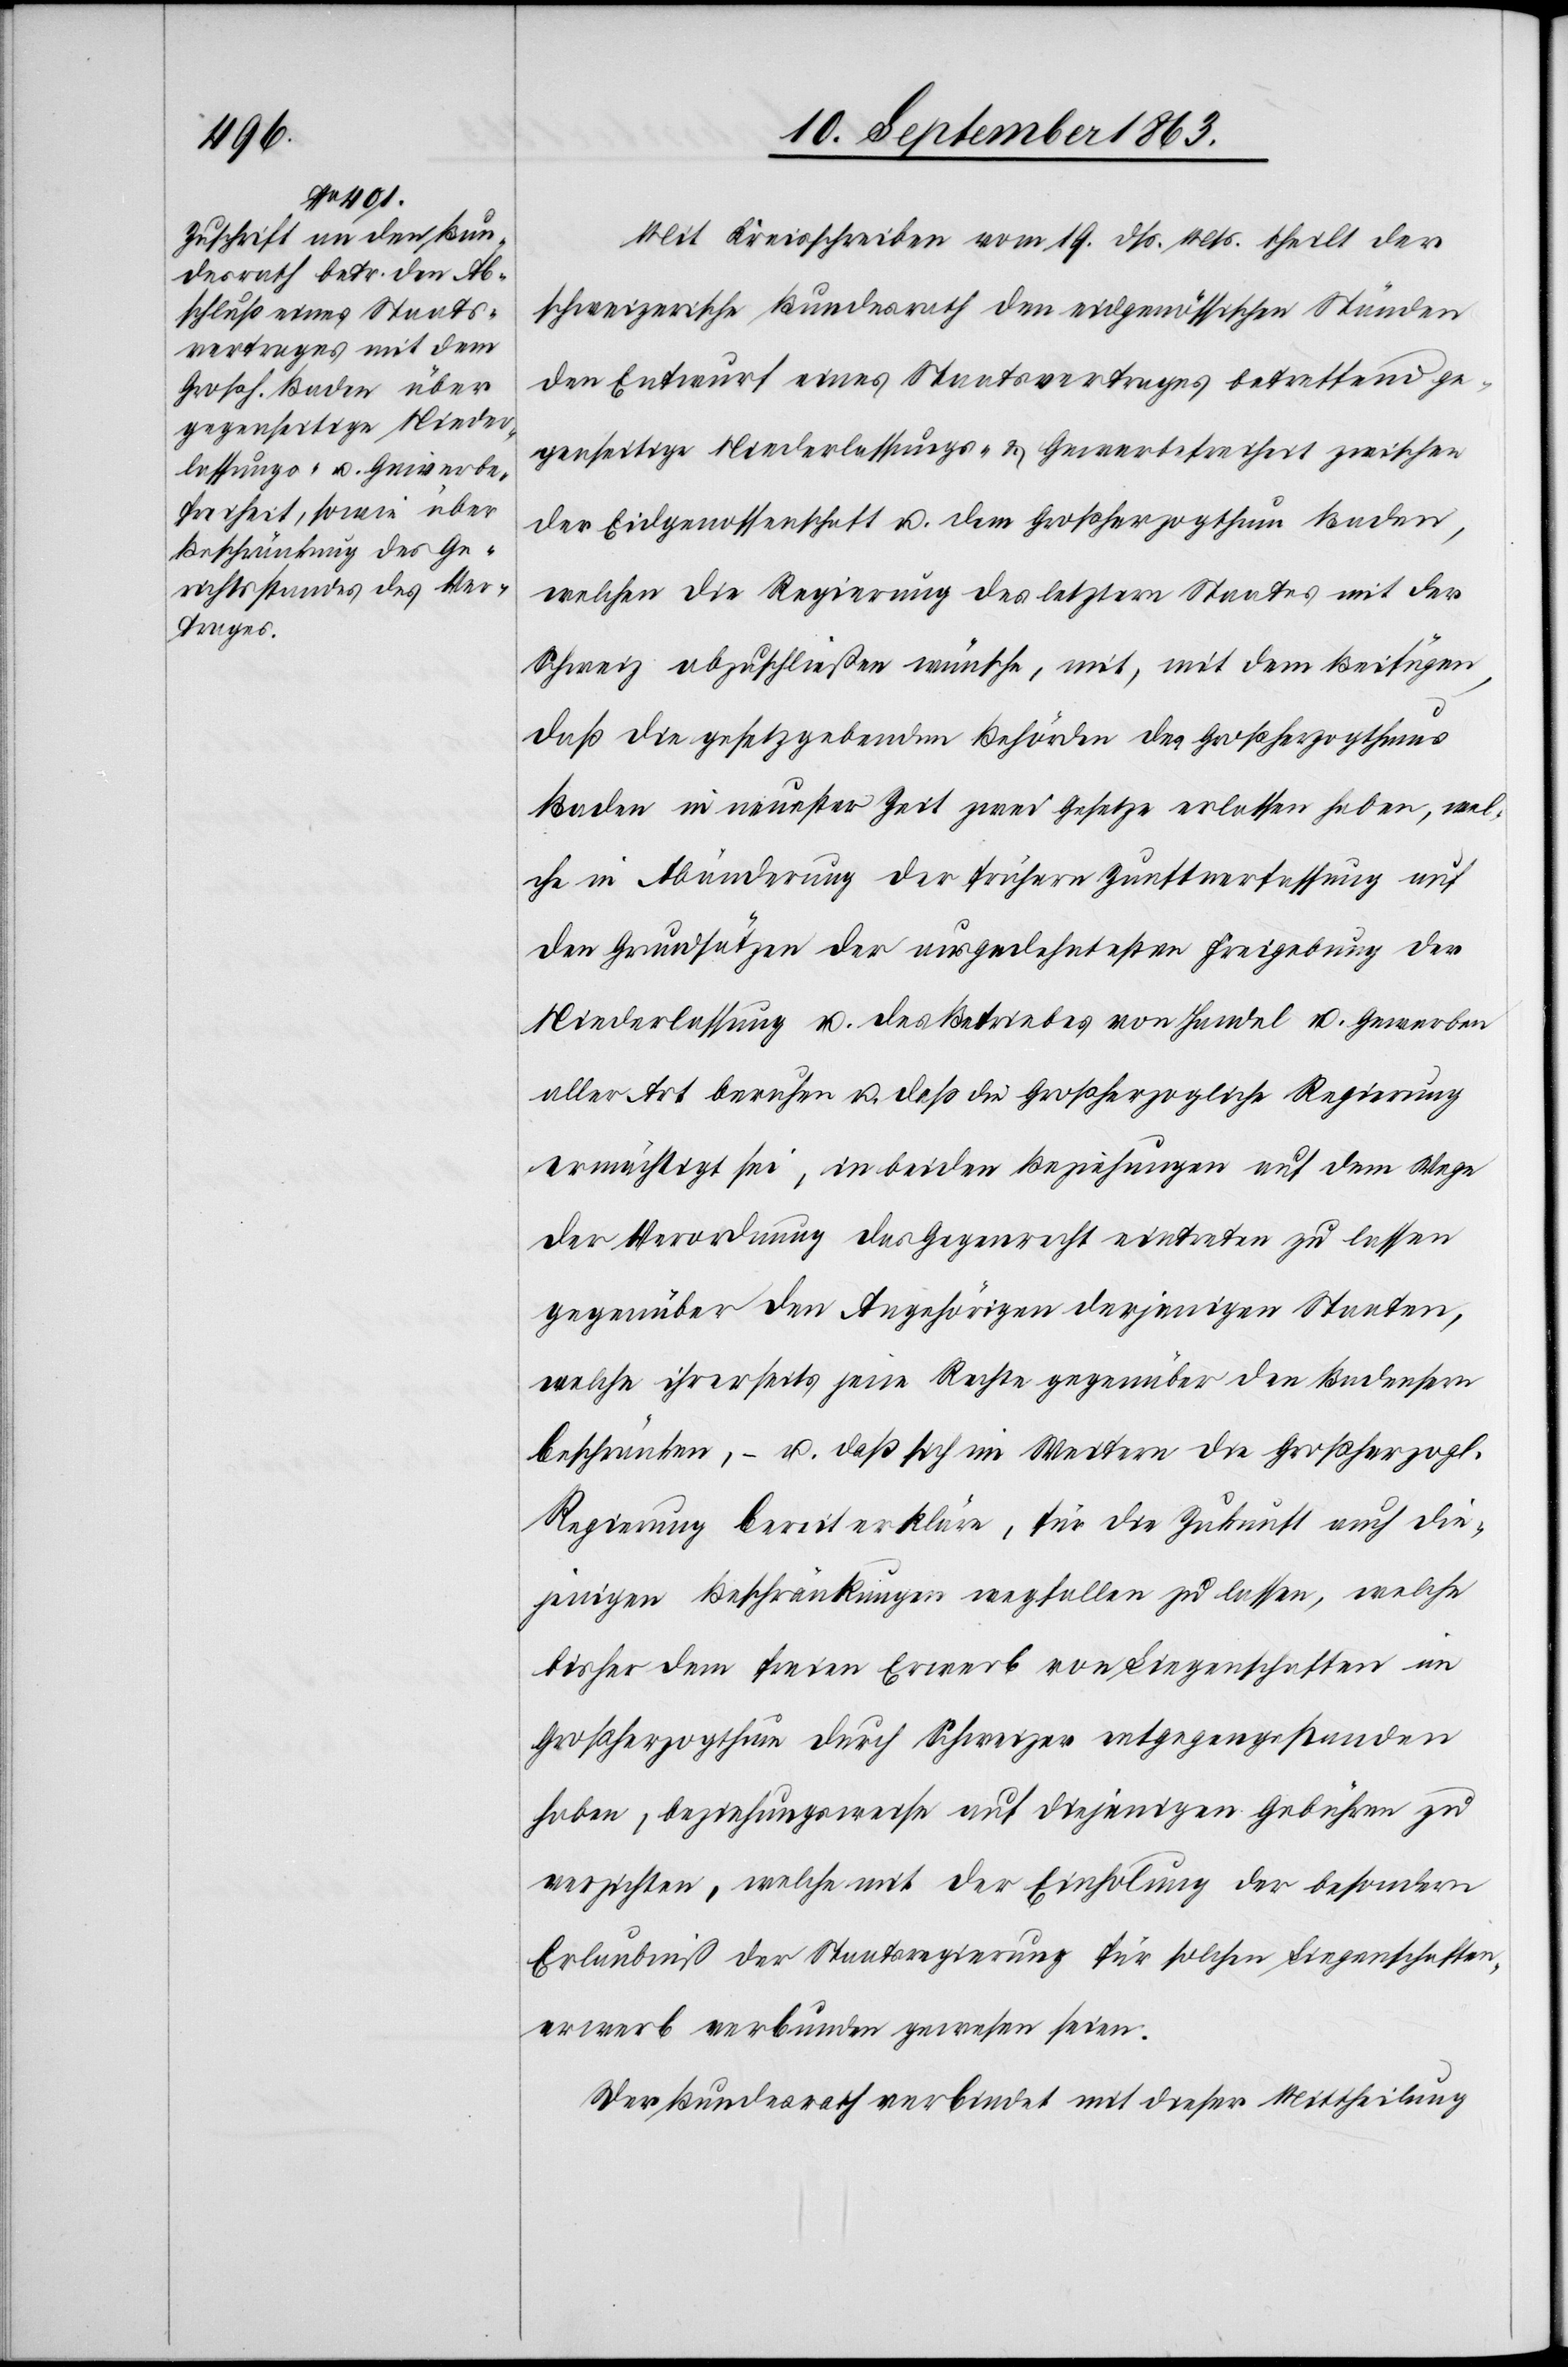
Mit Kreisschreiben vom 19. dß. Mts. theilt der
schweizerische Bundesrath den eidgenössischen Ständen
den Entwurf eines Staatsvertrages betreffend ge¬
genseitige Niederlassungs- & Gewerbefreiheit zwischen
der Eidgenossenschaft u. dem Großherzogthum Baden,
welchen die Regierung des letztern Staates mit der
Schweiz abzuschließen wünsche, mit, mit dem Beifügen,
daß die gesetzgebenden Behörden des Großherzogthums
Baden in neuester Zeit zwei Gesetze erlassen haben, wel¬
che in Abänderung der frühern Zunftverfassung auf
den Grundsätzen der ausgedehntesten Freigebung der
Niederlassung u. des Betriebes von Handel u. Gewerben
aller Art beruhen u. daß die Großherzogliche Regierung
ermächtigt sei, in beiden Beziehungen auf dem Wege
der Verordnung das Gegenrecht eintreten zu lassen
gegenüber den Angehörigen derjenigen Staaten,
welche ihrerseits jene Rechte gegenüber den Badensern
beschränken, – u. daß sich im Weitern die Großherzogl.
Regierung bereit erkläre, für die Zukunft auch die¬
jenigen Beschränkungen wegfallen zu lassen, welche
bisher dem freien Erwerb von Liegenschaften im
Großherzogthum durch Schweizer entgegengestanden
haben, beziehungsweise auf diejenigen Gebühren zu
verzichten, welche mit der Einholung der besondern
Erlaubniß der Staatsregierung für solchen Liegenschaften¬
erwerb verbunden gewesen seien.
Der Bundesrath verbindet mit dieser Mittheilung